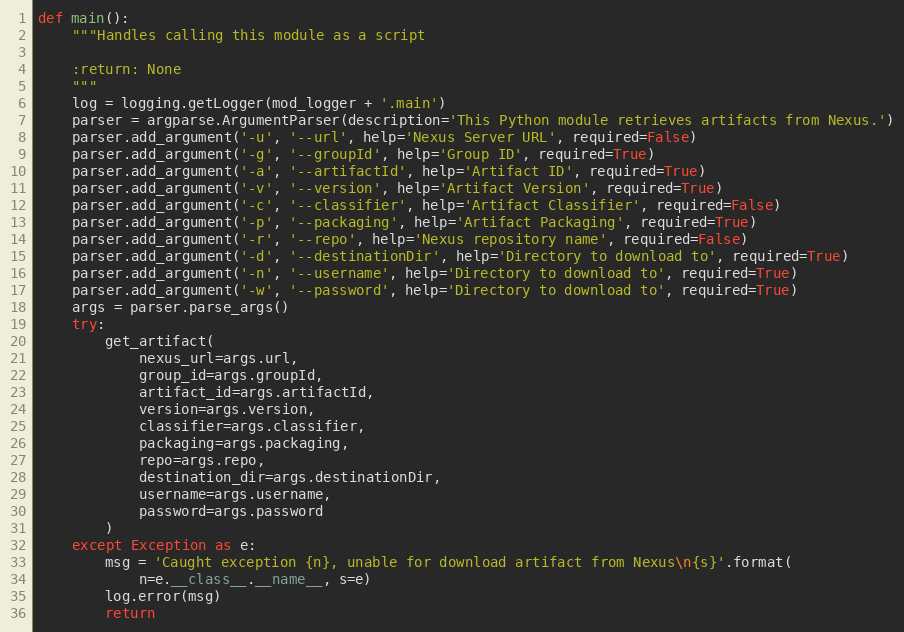
Language: Python
def main():
    """Handles calling this module as a script

    :return: None
    """
    log = logging.getLogger(mod_logger + '.main')
    parser = argparse.ArgumentParser(description='This Python module retrieves artifacts from Nexus.')
    parser.add_argument('-u', '--url', help='Nexus Server URL', required=False)
    parser.add_argument('-g', '--groupId', help='Group ID', required=True)
    parser.add_argument('-a', '--artifactId', help='Artifact ID', required=True)
    parser.add_argument('-v', '--version', help='Artifact Version', required=True)
    parser.add_argument('-c', '--classifier', help='Artifact Classifier', required=False)
    parser.add_argument('-p', '--packaging', help='Artifact Packaging', required=True)
    parser.add_argument('-r', '--repo', help='Nexus repository name', required=False)
    parser.add_argument('-d', '--destinationDir', help='Directory to download to', required=True)
    parser.add_argument('-n', '--username', help='Directory to download to', required=True)
    parser.add_argument('-w', '--password', help='Directory to download to', required=True)
    args = parser.parse_args()
    try:
        get_artifact(
            nexus_url=args.url,
            group_id=args.groupId,
            artifact_id=args.artifactId,
            version=args.version,
            classifier=args.classifier,
            packaging=args.packaging,
            repo=args.repo,
            destination_dir=args.destinationDir,
            username=args.username,
            password=args.password
        )
    except Exception as e:
        msg = 'Caught exception {n}, unable for download artifact from Nexus\n{s}'.format(
            n=e.__class__.__name__, s=e)
        log.error(msg)
        return